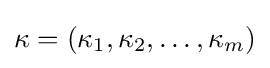
\kappa =(\kappa _{1},\kappa _{2},\ldots ,\kappa _{m})